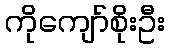
ကိုကျော်စိုးဦး